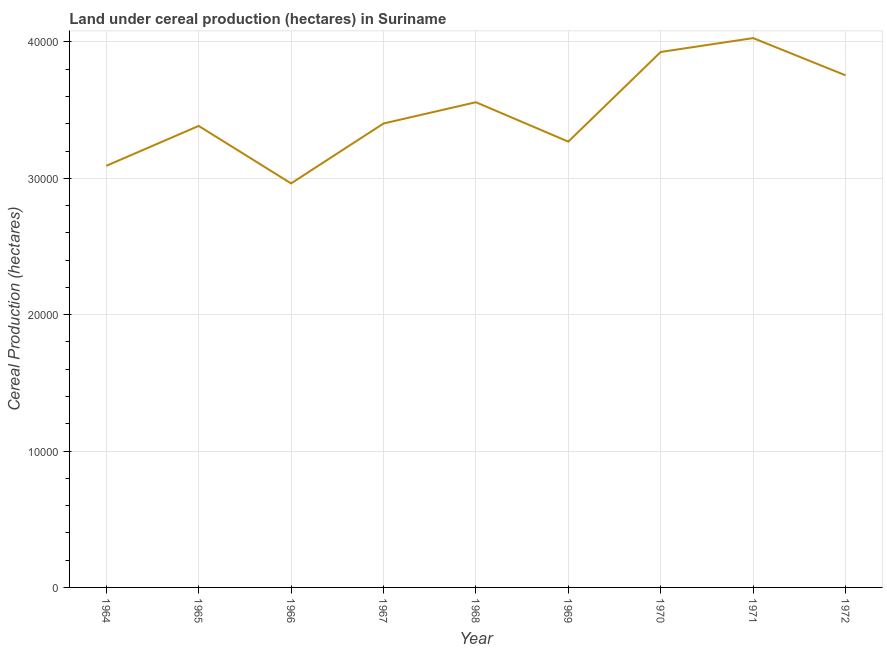
| Year | Land under cereal production (hectares) |
 | --- | --- |
 | 1964 | 3.09e+04 |
 | 1965 | 3.38e+04 |
 | 1966 | 2.96e+04 |
 | 1967 | 3.4e+04 |
 | 1968 | 3.56e+04 |
 | 1969 | 3.27e+04 |
 | 1970 | 3.93e+04 |
 | 1971 | 4.03e+04 |
 | 1972 | 3.75e+04 |